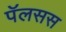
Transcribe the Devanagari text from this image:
पॅलसस